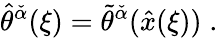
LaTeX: \hat{\theta}^{\check{\alpha}}(\xi)=\tilde{\theta}^{\check{\alpha}}(\hat{x}(\xi))\; .